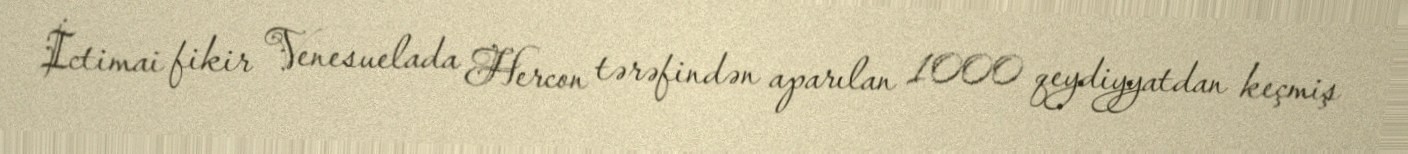
İctimai fikir Venesuelada Hercon tərəfindən aparılan 1000 qeydiyyatdan keçmiş